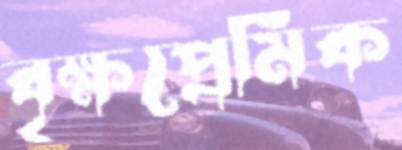
বৃক্ষপ্রেমিক